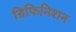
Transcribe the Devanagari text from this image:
डिफिनिशन